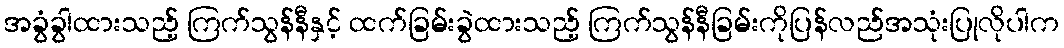
အခွံခွါထားသည့် ကြက်သွန်နီနှင့် ထက်ခြမ်းခွဲထားသည့် ကြက်သွန်နီခြမ်းကိုပြန်လည်အသုံးပြုလိုပါက